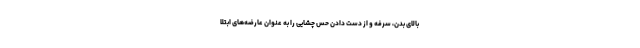
بالای بدن، سرفه و از دست دادن حس چشایی را به عنوان عارضه‌های ابتلا